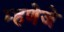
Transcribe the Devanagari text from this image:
म्हणेजे